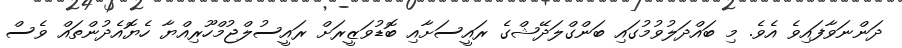
ދަންނަވާފައިވެ އެވެ. މި ބައްދަލުވުމުގައި ބަންގްލަދޭޝްގެ ރައީސަށާއި ބޮޑުވަޒީރަށް ރައީސުލްޖުމްހޫރިއްޔާ ހެޔޮއެދުންތައް ވެސް